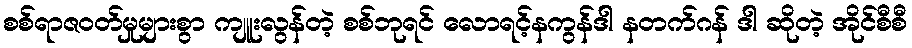
စစ်ရာဇဝတ်မှုများစွာ ကျူးလွန်တဲ့ စစ်ဘုရင် လောရင့်နကွန်ဒါ နတက်ဂန် ဒါ ဆိုတဲ့ အိုင်စီစီ